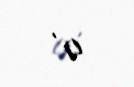
l) .